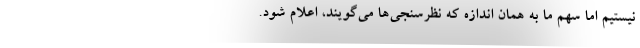
نیستیم اما سهم ما به همان اندازه که نظرسنجی‌ها می‌گویند، اعلام شود.